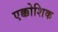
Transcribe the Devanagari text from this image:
एक्कोशिक